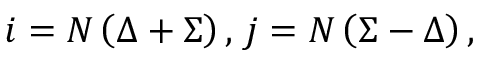
i = N \left( \Delta + \Sigma \right) , \thinspace j = N \left( \Sigma - \Delta \right) ,